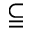
\subseteqq